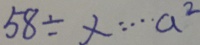
5 8 \div x \cdots a ^ { 2 }